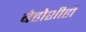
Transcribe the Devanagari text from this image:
बेहोशीहो